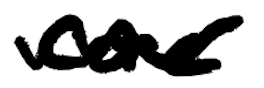
Text: core
Cross-out: wave
Writing tool: digital_black